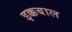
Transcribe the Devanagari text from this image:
इक्कबाल